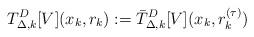
LaTeX: \begin{align*}T^{D}_{\Delta,k}[V](x_k, r_k) := \bar{T}^{D}_{\Delta,k}[V](x_k, r^{(\tau)}_k)\end{align*}